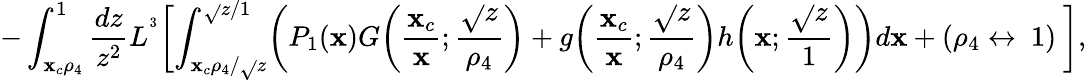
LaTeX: -\int_{\mathbf{x}_{c}\rho_{4}}^{1}\frac{{dz}}{{z^{2}}}L^{^3}\biggl[\int_{{\mathbf{x}_{c}\rho_{4}}/{\sqrt{}{{z}}}}^{\sqrt{}{{z}}/1}\biggl(P_{1}(\mathbf{x})G\biggl(\frac{{\mathbf{x}_{c}}}{{\mathbf{x}}};\frac{{\sqrt{}{{z}}}}{{\rho_{4}}}\biggr)+g\biggl(\frac{{\mathbf{x}_{c}}}{{\mathbf{x}}};\frac{{\sqrt{}{{z}}}}{{\rho_{4}}}\biggr)h\biggl(\mathbf{x};\frac{{\sqrt{}{{z}}}}{{1}}\biggr)\biggr)d\mathbf{x}+(\rho_{4}\leftrightarrow\ 1)\ \biggr],